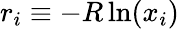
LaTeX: r_{i}\equiv-R\ln(x_{i})